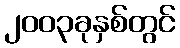
၂၀၀၃ခုနှစ်တွင်